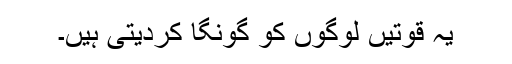
یہ قوتیں لوگوں کو گونگا کردیتی ہیں۔